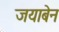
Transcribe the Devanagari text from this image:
जयाबेन